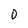
Character: O